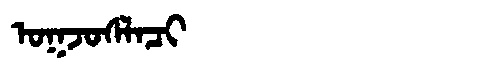
Manchu: ᠣᡴᠵᠣᠰᠯᠠᠴᡳ
Romanization: OKJOSLACI